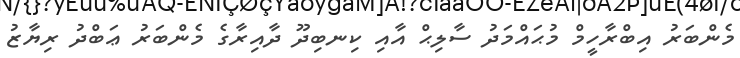
މެންބަރު އިބްރާހީމް މުޙައްމަދު ސާލިޙް އާއި ކިނބިދޫ ދާއިރާގެ މެންބަރު ޢަބްދު ރިޔާޒު